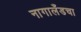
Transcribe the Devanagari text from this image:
नागालँडचा